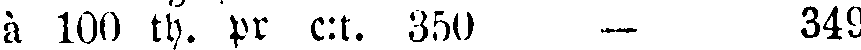
à 100 th. pr c:t. 350 — 349